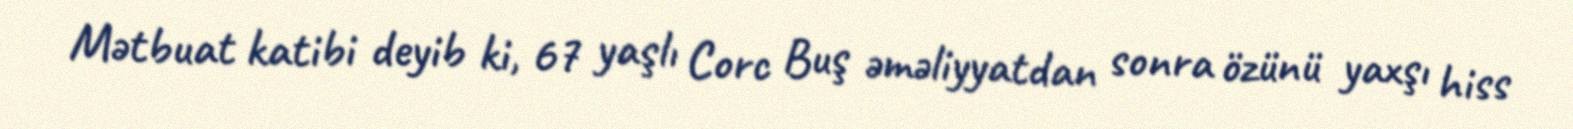
Mətbuat katibi deyib ki, 67 yaşlı Corc Buş əməliyyatdan sonra özünü yaxşı hiss